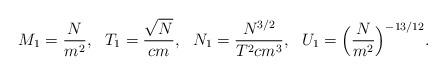
LaTeX: \begin{align*}M_1 = \frac{N}{m^2}, ~~T_1 = \frac{\sqrt{N}}{cm}, ~~N_1 = \frac{N^{3/2}}{T^2 c m^3},~~U_1 = \Big(\frac{N}{m^2}\Big)^{-13/12} . \end{align*}